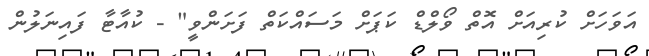
އަވަހަށް ކުރިއަށް އޮތް ވޯލްޑް ކަޕަށް މަސައްކަތް ފަށަންވީ" - ކުއާޓާ ފައިނަލުން